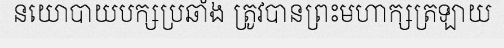
នយោបាយបក្សប្រឆាំង ត្រូវបានព្រះមហាក្សត្រឡាយ